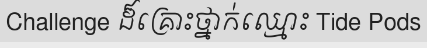
Challenge ដ៏គ្រោះថ្នាក់ឈ្មោះ Tide Pods